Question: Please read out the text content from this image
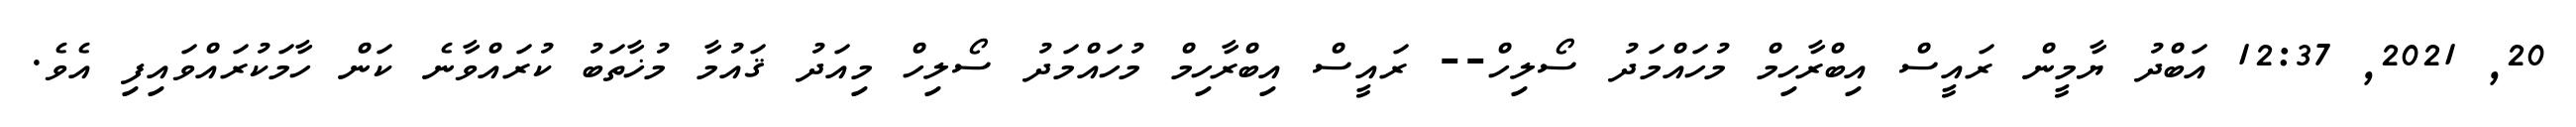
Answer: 20, 2021, 12:37 އަބްދު ޔާމީން ރައީސް އިބްރާހިމް މުހައްމަދު ސޯލިހް-- ރައީސް އިބްރާހިމް މުހައްމަދު ސޯލިހް މިއަދު ޤައުމާ މުޚާތަބު ކުރައްވާނެ ކަން ހާމަކުރައްވައިފި އެވެ.